Civil Veterinary Department Bihar & Orissa reports 1911-21 - 1911-1921
Year: 1911
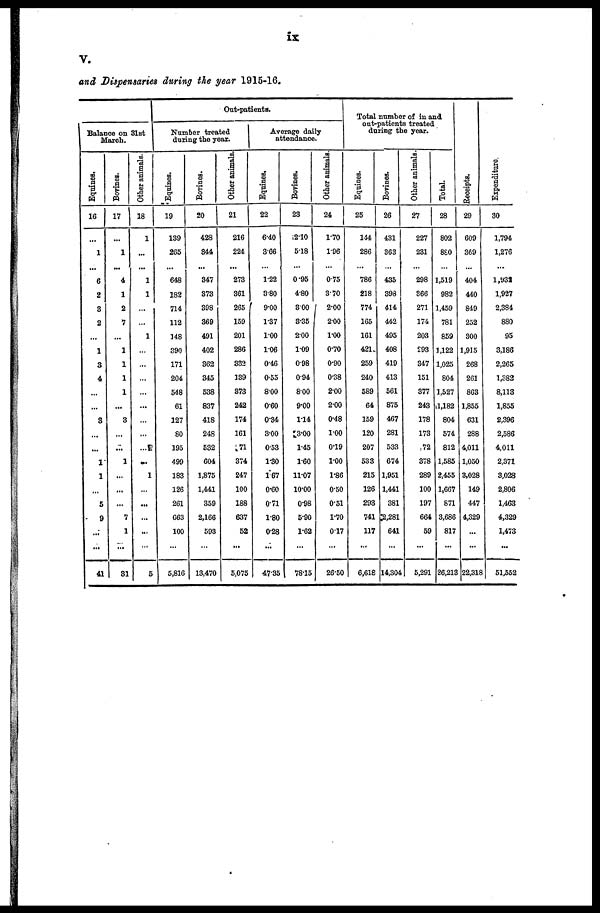
ix
V.
and Dispensaries during the year 1915-16.
Balance on 31st
March.
Equines.
16
...
1
...
6
2
3
2
...
1
3
4
...
...
3
...
...
1
1
...
5
9
...
...
41
Bovines.
17
...
1
...
4
1
2
7
...
1
1
1
1
...
3
...
...
1
...
...
...
7
1
...
31
Other animals.
18
1
...
...
1
1
...
...
1
...
...
...
...
...
...
...
...
...
1
...
...
...
...
...
5
Out-patients.
Number treated
during the year.
Equines.
19
139
265
...
648
182
714
112
148
390
171
204
548
61
127
80
195
499
183
126
261
663
100
...
5,816
Bovines.
20
428
344
...
347
373
398
369
491
402
362
345
538
837
418
248
532
604
1,875
1,441
359
2,166
593
...
13,470
Other animals.
21
216
224
...
273
361
265
159
201
286
332
139
873
242
174
161
71
374
247
100
188
637
52
...
5,075
Average daily
attendance.
Equines,
22
6.40
3.66
...
1.22
3.80
9.00
1.37
100
106
046
0.55
800
0.60
0.34
3.00
053
1.30
167
0.60
071
1.80
0.28
...
4735
Bovines.
23
2.10
5.18
...
0.95
480
300
3.35
200
109
098
094
800
9.00
114
3.00
1.45
1.60
1107
10.00
0.98
5.90
1.62
...
78.15
Other animals.
24
1.70
1.96
...
0.75
3.70
2.00
200
1.00
0.70
0.90
0.38
200
200
0.48
1.00
0.19
1.00
1.86
050
0.51
1.70
0.17
...
26.50
Total number of in and
out-patients treated
daring the year.
Equines.
25
144
286
...
786
218
774
165
161
421
259
240
589
64
159
120
207
533
215
126
293
741
117
...
6,618
Bovines.
26
431
363
...
435
398
414
442
495
408
419
413
561
875
467
281
533
674
1,951
1,441
381
2,281
641
...
14,304
Other animals.
27
227
231
...
298
366
271
174
203
293
347
151
377
243
178
173
72
378
289
100
197
664
59
...
5,291
Total.
28
802
8S0
...
1,519
982
1,459
781
859
1,122
1,025
804
1,527
1,182
804
574
812
1,585
2,455
1,667
871
3,686
817
...
26,213
Recei pt s .
29
609
369
...
404
440
849
252
300
1,915
268
261
863
1,855
631
288
4,011
1,050
3,028
149
447
4,329
...
...
22,318
Expe ndi t
ur e .
30
1,794
1,276
...
1,932
1,927
2,384
880
95
3,186
2,265
1.S82
8,113
1,855
2,396
2,586
4,011
2,371
3,028
2,806
1,463
4,329
1,473
...
51,552